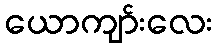
ယောကျာ်းလေး